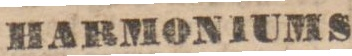
HARMONIUMS